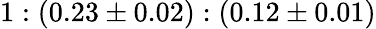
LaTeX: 1:(0.23\pm 0.02):(0.12\pm 0.01)